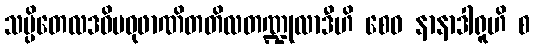
သပ္ပိတေလဒဓိမဓုဖာဏိတတိလတဏ္ဍုလာဒီဟိ စေဝ နာနာဒါရူဟိ စ